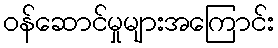
ဝန်ဆောင်မှုများအကြောင်း